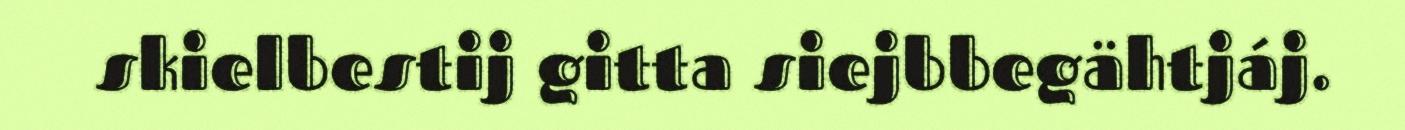
skielbestij gitta siejbbegähtjáj.